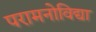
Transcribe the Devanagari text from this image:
परामनोविद्या